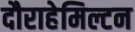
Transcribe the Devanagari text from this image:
दौराहेमिल्टन